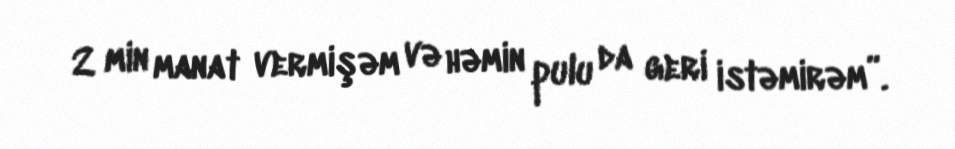
2 min manat vermişəm və həmin pulu da geri istəmirəm”.